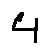
4